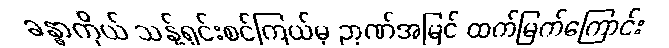
ခန္ဓာကိုယ် သန့်ရှင်းစင်ကြယ်မှ ဉာဏ်အမြင် ထက်မြက်ကြောင်း